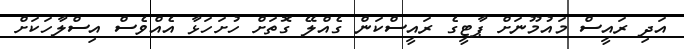
އަދި ރައީސް މައުމޫނަށް ޕާޓީގެ ރައީސްކަން ގެއްލޭ ގޮތަށް ހުށަހަޅާ އެއްވެސް އިސްލާހަކަށް